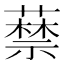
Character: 𦽔